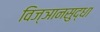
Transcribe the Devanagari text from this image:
विज्ञानसुद्धा